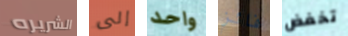
الشريره إلى واحد فائز تخفض